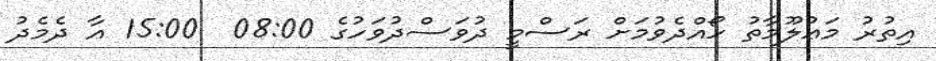
އިތުރު މަޢުލޫމާތު ހޯއްދެވުމަށް ރަސްމީ ދުވަސްދުވަހުގެ 08:00  15:00 އާ ދެމެދު